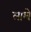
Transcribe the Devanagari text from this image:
लाम्बे